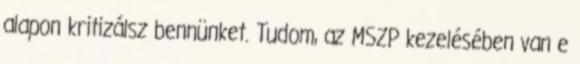
alapon kritizálsz bennünket. Tudom, az MSZP kezelésében van e